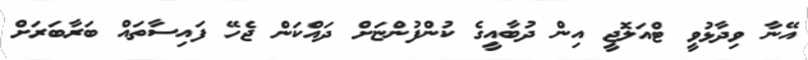
އޭނާ ވިދާޅުވީ ޓްއަލޮޖީ އިން ދުބާއީގެ ކުންފުންޏަށް ދައްކަން ޖެހޭ ފައިސާތައް ބަރާބަރަށް